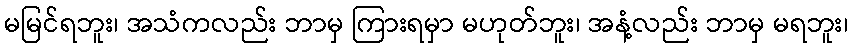
မမြင်ရဘူး၊ အသံကလည်း ဘာမှ ကြားရမှာ မဟုတ်ဘူး၊ အနံ့လည်း ဘာမှ မရဘူး၊